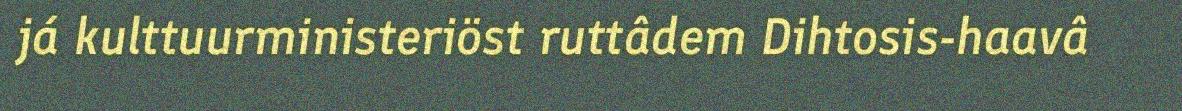
já kulttuurministeriöst ruttâdem Dihtosis-haavâ